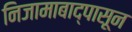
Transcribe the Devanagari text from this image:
निजामाबाद्पासून